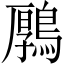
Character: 𪃱